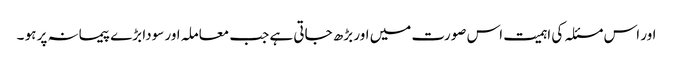
اور اس مسئلہ کی اہمیت اس صورت میں اور بڑھ جاتی ہے جب معاملہ اور سودا بڑے پیمانہ پر ہو ۔